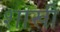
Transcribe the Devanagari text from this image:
शाखी